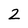
Character: 2